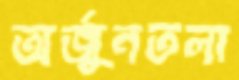
অর্জুনতলা